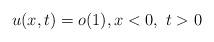
LaTeX: \begin{align*} u(x,t)=o(1), x<0, \ t>0\end{align*}